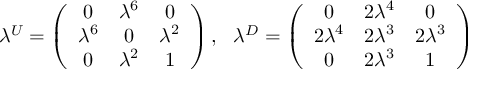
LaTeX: \lambda ^ { U } = \left( \begin{array} { c c c } { { 0 } } & { { \lambda ^ { 6 } } } & { { 0 } } \\ { { \lambda ^ { 6 } } } & { { 0 } } & { { \lambda ^ { 2 } } } \\ { { 0 } } & { { \lambda ^ { 2 } } } & { { 1 } } \end{array} \right) , \ \ \lambda ^ { D } = \left( \begin{array} { c c c } { { 0 } } & { { 2 \lambda ^ { 4 } } } & { { 0 } } \\ { { 2 \lambda ^ { 4 } } } & { { 2 \lambda ^ { 3 } } } & { { 2 \lambda ^ { 3 } } } \\ { { 0 } } & { { 2 \lambda ^ { 3 } } } & { { 1 } } \end{array} \right)